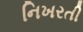
નિખરતી